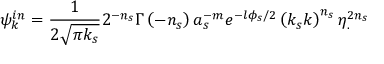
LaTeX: \psi _ { k } ^ { i n } = \frac { 1 } { 2 \sqrt { \pi k _ { s } } } 2 ^ { - n _ { s } } \Gamma \left( - n _ { s } \right) a _ { s } ^ { - m } e ^ { - l \phi _ { s } / 2 } \left( k _ { s } k \right) ^ { n _ { s } } \eta _ { . } ^ { 2 n _ { s } }